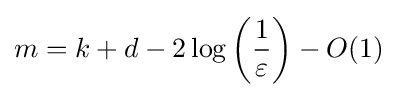
m=k+d-2\log \left({\frac {1}{\varepsilon }}\right)-O(1)